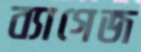
ব্যাগেজ